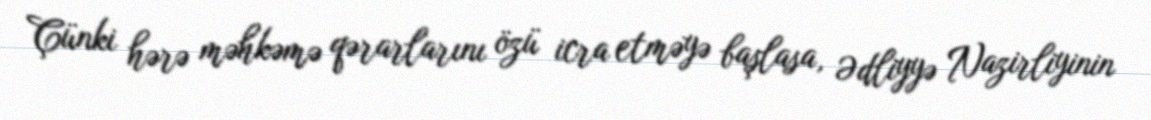
Çünki hərə məhkəmə qərarlarını özü icra etməyə başlasa, Ədliyyə Nazirliyinin